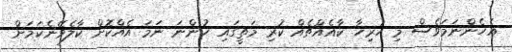
އެހެންނަމަވެސް މި ހުރިހާ ކާއެއްޗެއް ކުރި މަތީގައި ހުންނަ ނަމަ އެއްކޮށް ކާލެވޭނެކަމަށް